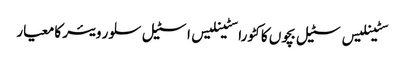
سٹینلیس سٹیل بچوں کا کٹورا سٹینلیس اسٹیل سلور ویئر کا معیار